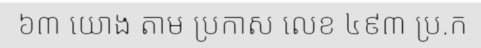
៦៣ យោង តាម ប្រកាស លេខ ៤៩៣ ប្រ.ក